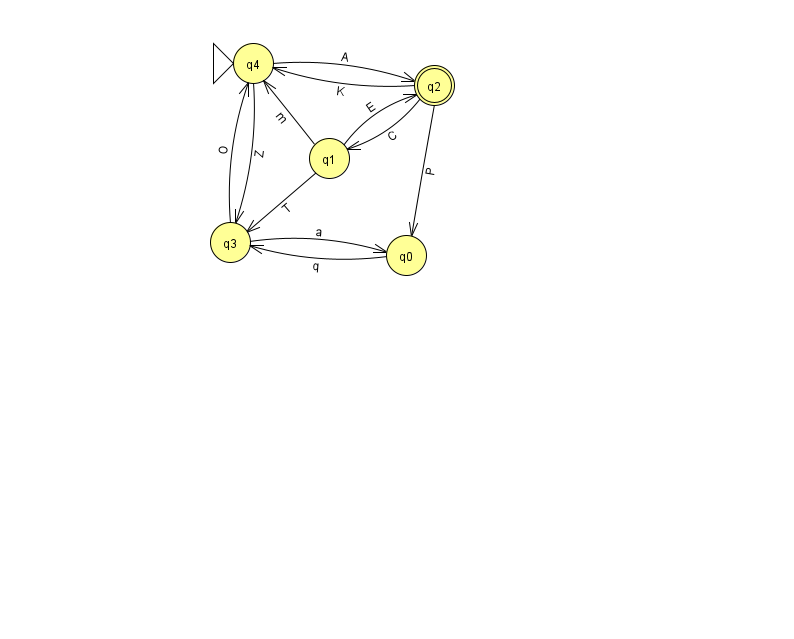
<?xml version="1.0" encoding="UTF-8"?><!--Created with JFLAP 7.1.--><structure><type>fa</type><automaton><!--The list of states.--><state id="0" name="q0"><x>406.0</x><y>242.0</y></state><state id="1" name="q1"><x>329.0</x><y>145.0</y></state><state id="2" name="q2"><x>434.0</x><y>72.0</y><final/></state><state id="3" name="q3"><x>230.0</x><y>229.0</y></state><state id="4" name="q4"><x>253.0</x><y>50.0</y><initial/></state><!--The list of transitions.--><transition><from>1</from><to>4</to><read>m</read></transition><transition><from>2</from><to>0</to><read>P</read></transition><transition><from>0</from><to>3</to><read>q</read></transition><transition><from>3</from><to>0</to><read>a</read></transition><transition><from>4</from><to>2</to><read>A</read></transition><transition><from>2</from><to>1</to><read>C</read></transition><transition><from>3</from><to>4</to><read>O</read></transition><transition><from>1</from><to>3</to><read>T</read></transition><transition><from>2</from><to>4</to><read>K</read></transition><transition><from>1</from><to>2</to><read>E</read></transition><transition><from>4</from><to>3</to><read>Z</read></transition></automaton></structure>